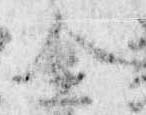
全